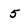
Character: 5